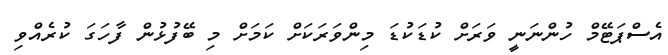
އެސްޕަޓޭމް ހުންނަނީ ވަރަށް ކުޑަކުޑަ މިންވަރަކަށް ކަމަށް މި ބޭފުޅުން ފާހަގަ ކުރެއްވި